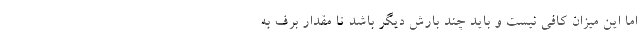
اما این میزان کافی نیست و باید چند بارش دیگر باشد تا مقدار برف به